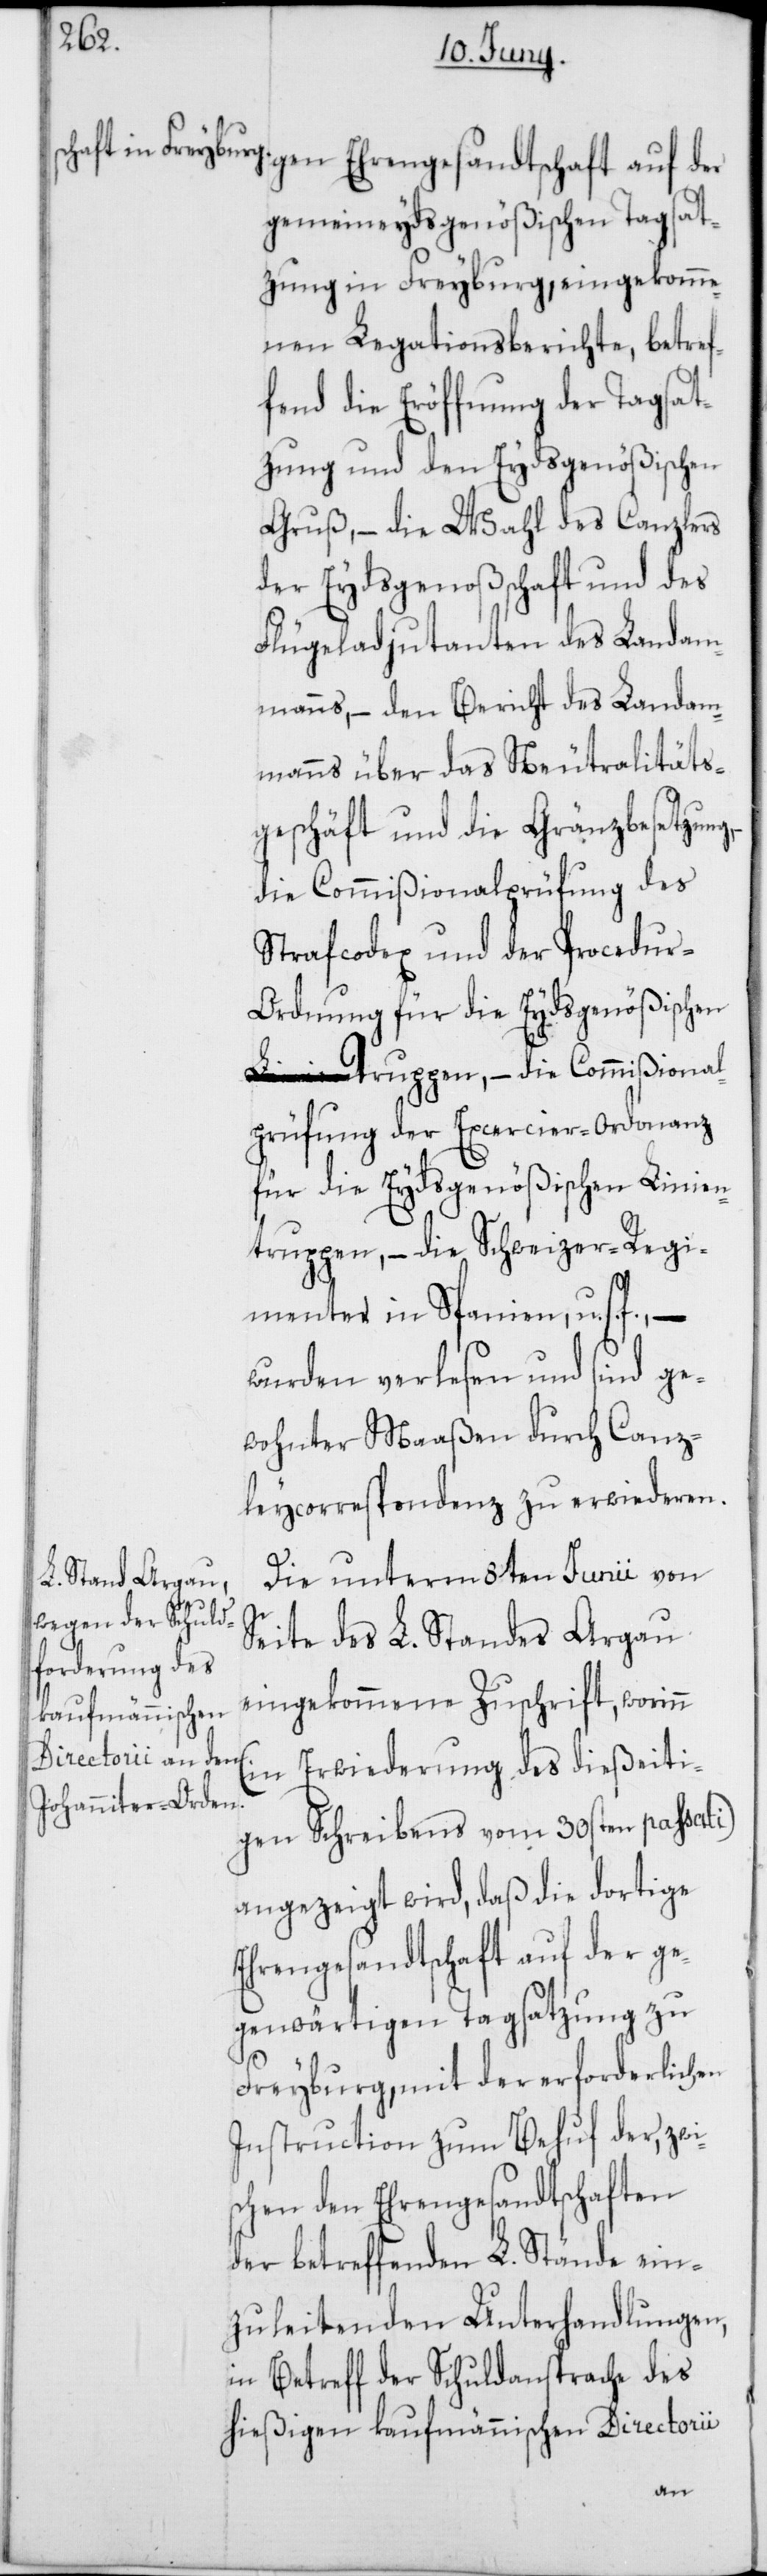
emeineydsgenößischen Tagsat¬
zung in Freyburg, eingekomme¬
nen Legationsberichte, betref¬
fend die Eröffnung der Tagsat¬
zung und den Eydsgenößischen
Gruß, – die Wahl des Canzlers
der Eydsgenoßenschaft und des
Flügeladjudanten des Landam¬
manns, – den Bericht des Landam¬
manns über das Neutralitäts¬
geschäft und die Gränzbesetzung,
die Commißionalprüfung des
Strafcodex und der Procedu¬
r-Ordnung für die Eydsgenößischen
Truppen, – die Commißional¬
prüfung der Exercier-Ordonnanz
für die Eydsgenößischen Linien¬
truppen, – die Schweizer-Regi¬
menter in Spanien, u. s.
–wurden verlesen und sind ge¬
wohnter Maaßen durch Canz¬
leycorrespondenz zu erwiederen.
Die unterm 8ten Junii von
Seite des L. Standes Argau
eingekommene Zuschrift, worinn
(in Erwiederung des dießeiti¬
gen Schreibens vom 30sten passati)
angezeigt wird, daß die dortige
Ehrengesandtschaft auf der ge¬
genwärtigen Tagsatzung zu
Freyburg, mit der erforderlichen
Instruction zum Behuf der, zwi¬
schen den Ehrengesandtschaften
der betreffenden L. Stände ein¬
zuleitenden Unterhandlungen,
in Betreff der Schuldansprache des
hießigen kaufmännischen Directorii
gen